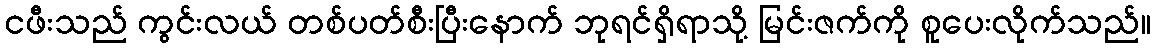
ငဖီးသည် ကွင်းလယ် တစ်ပတ်စီးပြီးနောက် ဘုရင်ရှိရာသို့ မြင်းဇက်ကို စူပေးလိုက်သည်။